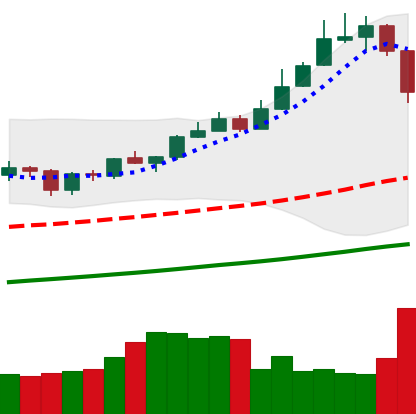
Ticker: XMR-USD
Chart end date: 2019-06-26
Forward return: -14.911%
Label: down_7plus